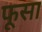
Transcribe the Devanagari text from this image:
फूसा